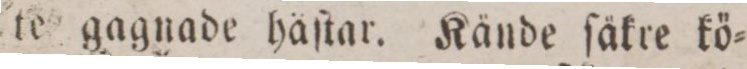
te gagnade häſtar. Kände ſäkre kö=